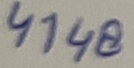
Text: 4148